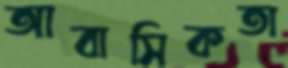
আবাসিকতা